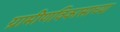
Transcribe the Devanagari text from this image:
ग्रामीणविकासाच्या